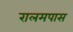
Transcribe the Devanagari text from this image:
रालमपास